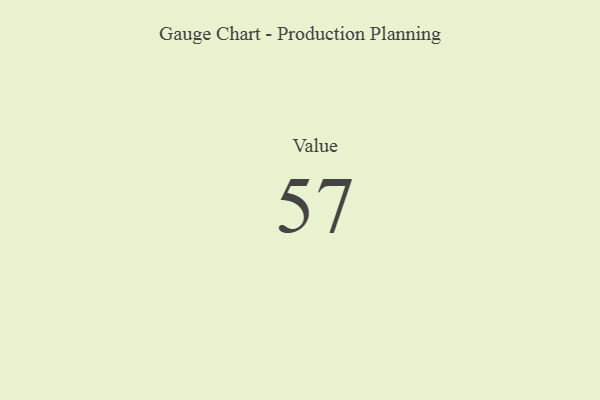
{"axis": {"x": "Metric", "y": "Value"}, "legend": [""], "data": [{"x": "Value", "y": 57, "type": ""}]}